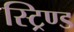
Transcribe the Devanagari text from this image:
स्ट्रिण्ड